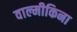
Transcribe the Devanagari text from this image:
वाल्मीकिना